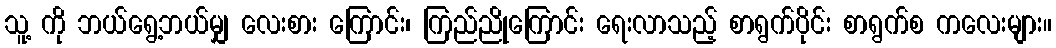
သူ့ ကို ဘယ်ရွေ့ဘယ်မျှ လေးစား ကြောင်း၊ ကြည်ညိုကြောင်း ရေးလာသည့် စာရွက်ပိုင်း စာရွက်စ ကလေးများ။